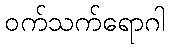
ဝက်သက်ရောဂါ